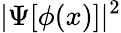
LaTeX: |\Psi[\phi(x)]|^{2}